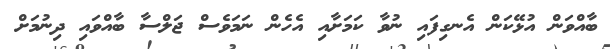
ބާއްވަން އުޅޭކަން އެނގިފައި ނުވާ ކަމަށާއި އެހެން ނަމަވެސް ޖަލްސާ ބާއްވައި ދިނުމަށް